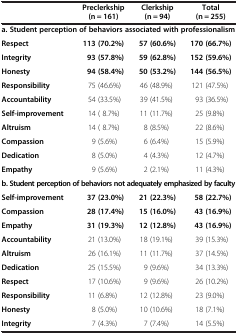
<table><thead><tr><td><b> </b></td><td><b>Preclerkship (n = 161)</b></td><td><b>Clerkship (n = 94)</b></td><td><b>Total (n = 255)</b></td></tr></thead><tbody><tr><td colspan="4"><b>a. Student perception of behaviors associated with professionalism</b></td></tr><tr><td><b>Respect</b></td><td><b>113 (70.2%)</b></td><td><b>57 (60.6%)</b></td><td><b>170 (66.7%)</b></td></tr><tr><td><b>Integrity</b></td><td><b>93 (57.8%)</b></td><td><b>59 (62.8%)</b></td><td><b>152 (59.6%)</b></td></tr><tr><td><b>Honesty</b></td><td><b>94 (58.4%)</b></td><td><b>50 (53.2%)</b></td><td><b>144 (56.5%)</b></td></tr><tr><td><b>Responsibility</b></td><td>75 (46.6%)</td><td>46 (48.9%)</td><td>121 (47.5%)</td></tr><tr><td><b>Accountability</b></td><td>54 (33.5%)</td><td>39 (41.5%)</td><td>93 (36.5%)</td></tr><tr><td><b>Self-improvement</b></td><td>14 ( 8.7%)</td><td>11 (11.7%)</td><td>25 (9.8%)</td></tr><tr><td><b>Altruism</b></td><td>14 ( 8.7%)</td><td>8 (8.5%)</td><td>22 (8.6%)</td></tr><tr><td><b>Compassion</b></td><td>9 (5.6%)</td><td>6 (6.4%)</td><td>15 (5.9%)</td></tr><tr><td><b>Dedication</b></td><td>8 (5.0%)</td><td>4 (4.3%)</td><td>12 (4.7%)</td></tr><tr><td><b>Empathy</b></td><td>9 (5.6%)</td><td>2 (2.1%)</td><td>11 (4.3%)</td></tr><tr><td colspan="4"><b>b. Student perception of behaviors not adequately emphasized by faculty</b></td></tr><tr><td><b>Self-improvement</b></td><td><b>37 (23.0%)</b></td><td><b>21 (22.3%)</b></td><td><b>58 (22.7%)</b></td></tr><tr><td><b>Compassion</b></td><td><b>28 (17.4%)</b></td><td><b>15 (16.0%)</b></td><td><b>43 (16.9%)</b></td></tr><tr><td><b>Empathy</b></td><td><b>31 (19.3%)</b></td><td><b>12 (12.8%)</b></td><td><b>43 (16.9%)</b></td></tr><tr><td><b>Accountability</b></td><td>21 (13.0%)</td><td>18 (19.1%)</td><td>39 (15.3%)</td></tr><tr><td><b>Altruism</b></td><td>26 (16.1%)</td><td>11 (11.7%)</td><td>37 (14.5%)</td></tr><tr><td><b>Dedication</b></td><td>25 (15.5%)</td><td>9 (9.6%)</td><td>34 (13.3%)</td></tr><tr><td><b>Respect</b></td><td>17 (10.6%)</td><td>9 (9.6%)</td><td>26 (10.2%)</td></tr><tr><td><b>Responsibility</b></td><td>11 (6.8%)</td><td>12 (12.8%)</td><td>23 (9.0%)</td></tr><tr><td><b>Honesty</b></td><td>8 (5.0%)</td><td>10 (10.6%)</td><td>18 (7.1%)</td></tr><tr><td><b>Integrity</b></td><td>7 (4.3%)</td><td>7 (7.4%)</td><td>14 (5.5%)</td></tr></tbody></table>